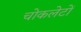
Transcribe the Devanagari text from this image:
चोकलेटों